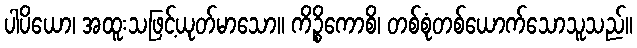
ပါပိယော၊ အထူးသဖြင့်ယုတ်မာသော။ ကိဉ္စိကောစိ၊ တစ်စုံတစ်ယောက်သောသူသည်။